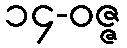
၁၄-ဝဇ္ဇ